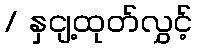
/ နှငျ့ထုတ်လွှင့်